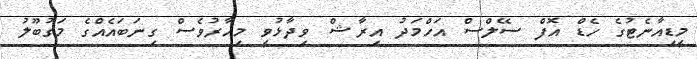
މީޑިއާނެޓުގެ ހެޑް އޮފް ސޭލްސް އަހްމަދު އިރާޝް ވިދާޅުވީ މިހާރުވެސް ގިނަބައެއްގެ މަގުބޫލު